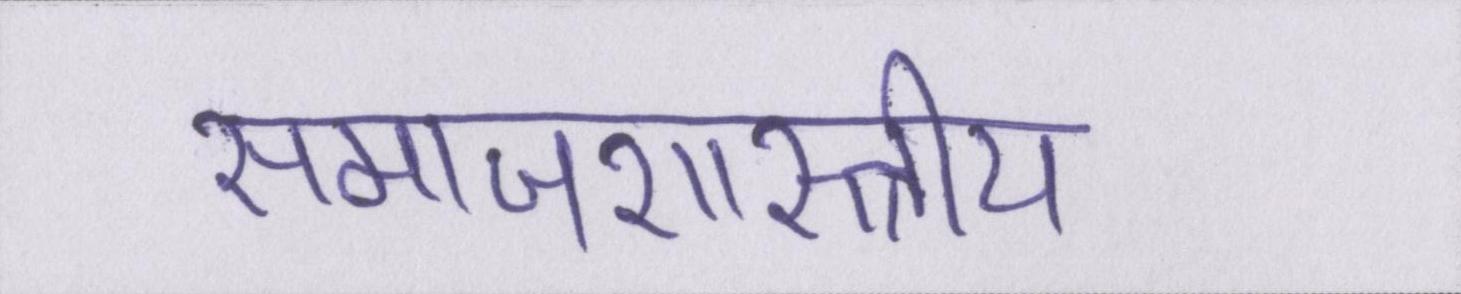
समाजशास्त्राीय